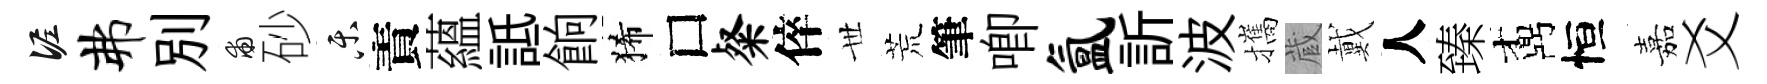
泥弗別甫砂乐責蘊詆餉狶□粲倅𠀍荒筆唧氲訢波攜蔵戴人臻鼒恒嘉爻